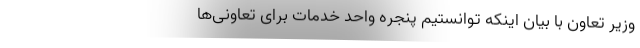
وزیر تعاون با بیان اینکه توانستیم پنجره واحد خدمات برای تعاونی‌ها